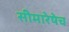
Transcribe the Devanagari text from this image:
सीमारेषेच